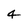
Character: 4